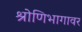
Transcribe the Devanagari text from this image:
श्रोणिभागावर